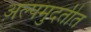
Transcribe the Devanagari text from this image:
अल्पमुदतीत